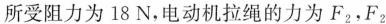
所受阻力为18N，电动机拉绳的力为F_{2}，F_{2}